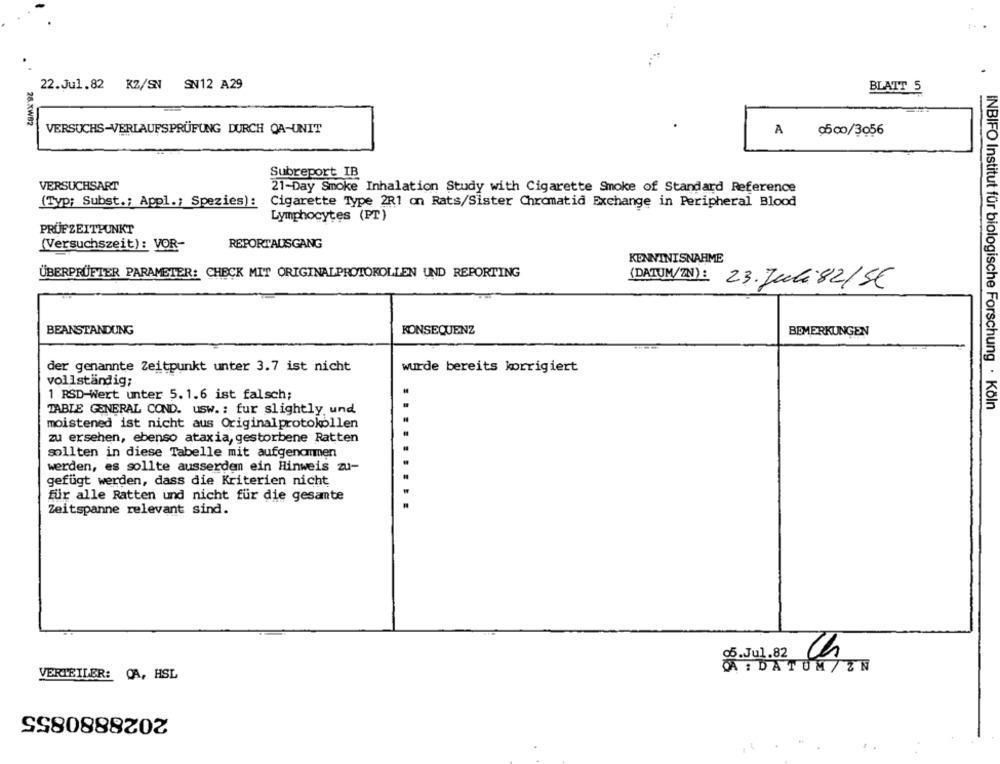
22.Jul.82 KZ/SN SN12 A29
BLATT 5
26.XWB2
VERSUCHS-VERLAUFSPRÜFUNG DURCH OA-UNIT
A
₾500/3056
Subreport IB
VERSUCHSART
21-Day Smoke Inhalation Study with Cigarette Smoke of Standard Reference
(Typ: Subst .; Appl .; Spezies):
Cigarette Type 2R1 on Rats/Sister Chromatid Exchange in Peripheral Blood
Lymphocytes (PT)
PRÜFZEITPUNKT
(Versuchszeit): VOR-
REPORTAUSGANG
KENNTNISNAHME
ÜBERPRÜFTER PARAMETER: CHECK MIT ORIGINALPROTOKOLLEN UND REPORTING
(DATUM/ZIN): 23. Juli82/5€
BEANSTANDUNG
KONSEQUENZ
BEMERKUNGEN
der genannte Zeitpunkt unter 3.7 ist nicht
wurde bereits korrigiert
vollständig;
1 RSD-Wert unter 5.1.6 ist falsch;
INBIFO Institut für biologische Forschung . Koln
TABLE GENERAL COND. usw. : fur slightly, und
moistened ist nicht aus Originalprotokollen
zu ersehen, ebenso ataxia, gestorbene Ratten
sollten in diese Tabelle mit aufgenommen
werden, es sollte ausserden ein Hinweis zu-
gefügt werden, dass die Kriterien nicht
für alle Ratten und nicht für die gesamte
Zeitspanne relevant sind.
Ch
DATUM/ ZN
VERTEILER: CA, HSL
2028880855